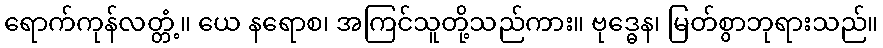
ရောက်ကုန်လတ္တံ့။ ယေ နရောစ၊ အကြင်သူတို့သည်ကား။ ဗုဒ္ဓေန၊ မြတ်စွာဘုရားသည်။